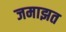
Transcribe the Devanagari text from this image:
जमाझत